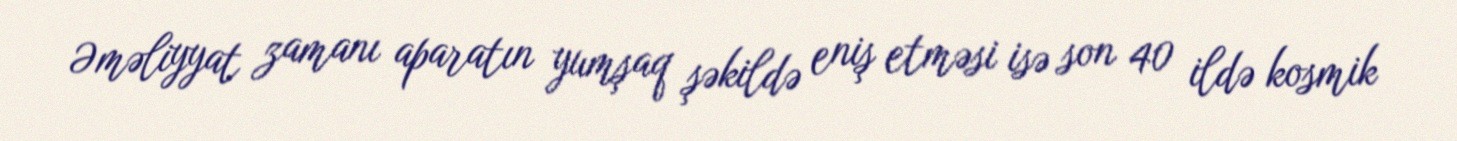
Əməliyyat zamanı aparatın yumşaq şəkildə eniş etməsi isə son 40 ildə kosmik